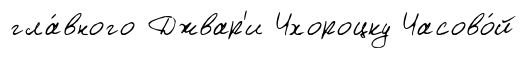
гла́вного Джвар'и Чхороцку Часово́й